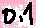
Text: 0.1